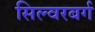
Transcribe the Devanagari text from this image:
सिल्वरबर्ग